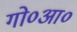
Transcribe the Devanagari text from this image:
गो०आ०